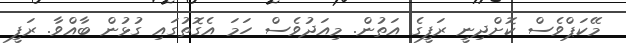
މޭކަޕްވެސް ކޮށްދިނީ ރަފީގެ އަތުން. މިއަދުވެސް ހަމަ އެގޮތުގައި ގުޅުން ބާއްވާ. ރަފީ